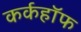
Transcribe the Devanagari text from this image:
कर्कहॉफ